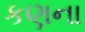
કણના